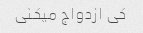
کی ازدواج میکنی